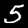
Digit: 5